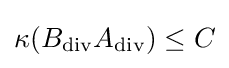
\kappa (B_{\operatorname {div} }A_{\operatorname {div} })\leq C